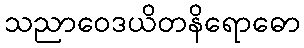
သညာဝေဒယိတနိရောဓော